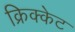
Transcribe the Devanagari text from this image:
क्रिक्केट